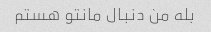
بله من دنبال مانتو هستم